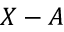
X - A